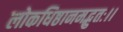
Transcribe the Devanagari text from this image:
लोकधिष्ठानमद्भुतः।।